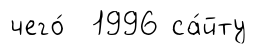
чего́ 1996 са́йту